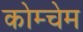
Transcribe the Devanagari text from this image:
कोम्चेम